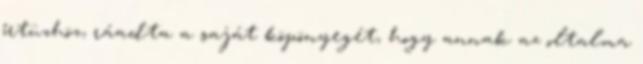
őrtüzhöz, ráadta a saját köpönyegét, hogy annak az oltalma